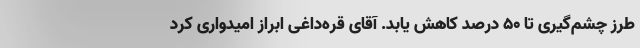
طرز چشم‌گیری تا ۵۰ درصد کاهش یابد. آقای قره‌داغی ابراز امیدواری کرد